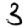
Digit: 3